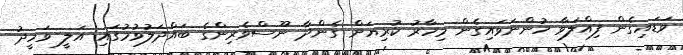
ވަޑައިގެން ފިއްލަވާ ހުންނަވައިގެން މިހާރު ކުރިޔަށް ގެންދާ ނޫސްވެރިންގެ ބައްދަލުވުމުގައި އަލީ ވަހީދު